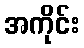
အကိုင်း